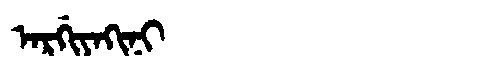
Manchu: ᠠᡵᡤᡳᠶᠠᡴᡳᠨᡳ
Romanization: ARGIYAKINI